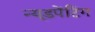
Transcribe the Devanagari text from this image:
न्यूडपेंटिंग